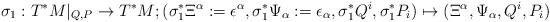
LaTeX: \begin{align*}\sigma_{1}:T^{*}M|_{Q,P}\rightarrow T^{*}M ;(\sigma_{1}^{*}\Xi^{\alpha}:=\epsilon^{\alpha},\sigma_{1}^{*}\Psi_{\alpha}:=\epsilon_{\alpha},\sigma_{1}^{*}Q^{i},\sigma_{1}^{*}P_{i})\mapsto (\Xi^{\alpha},\Psi_{\alpha},Q^{i},P_{i})\end{align*}